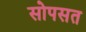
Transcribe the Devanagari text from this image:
सोपसत